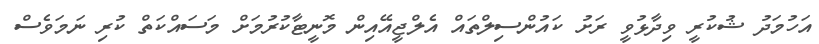
އަހުމަދު ޝުކުރީ ވިދާޅުވީ ރަށު ކައުންސިލްތައް އެލްޖީއޭއިން މޮނީޓާކުރުމަށް މަސައްކަތް ކުރި ނަމަވެސް